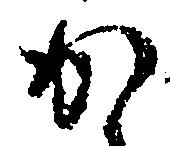
か